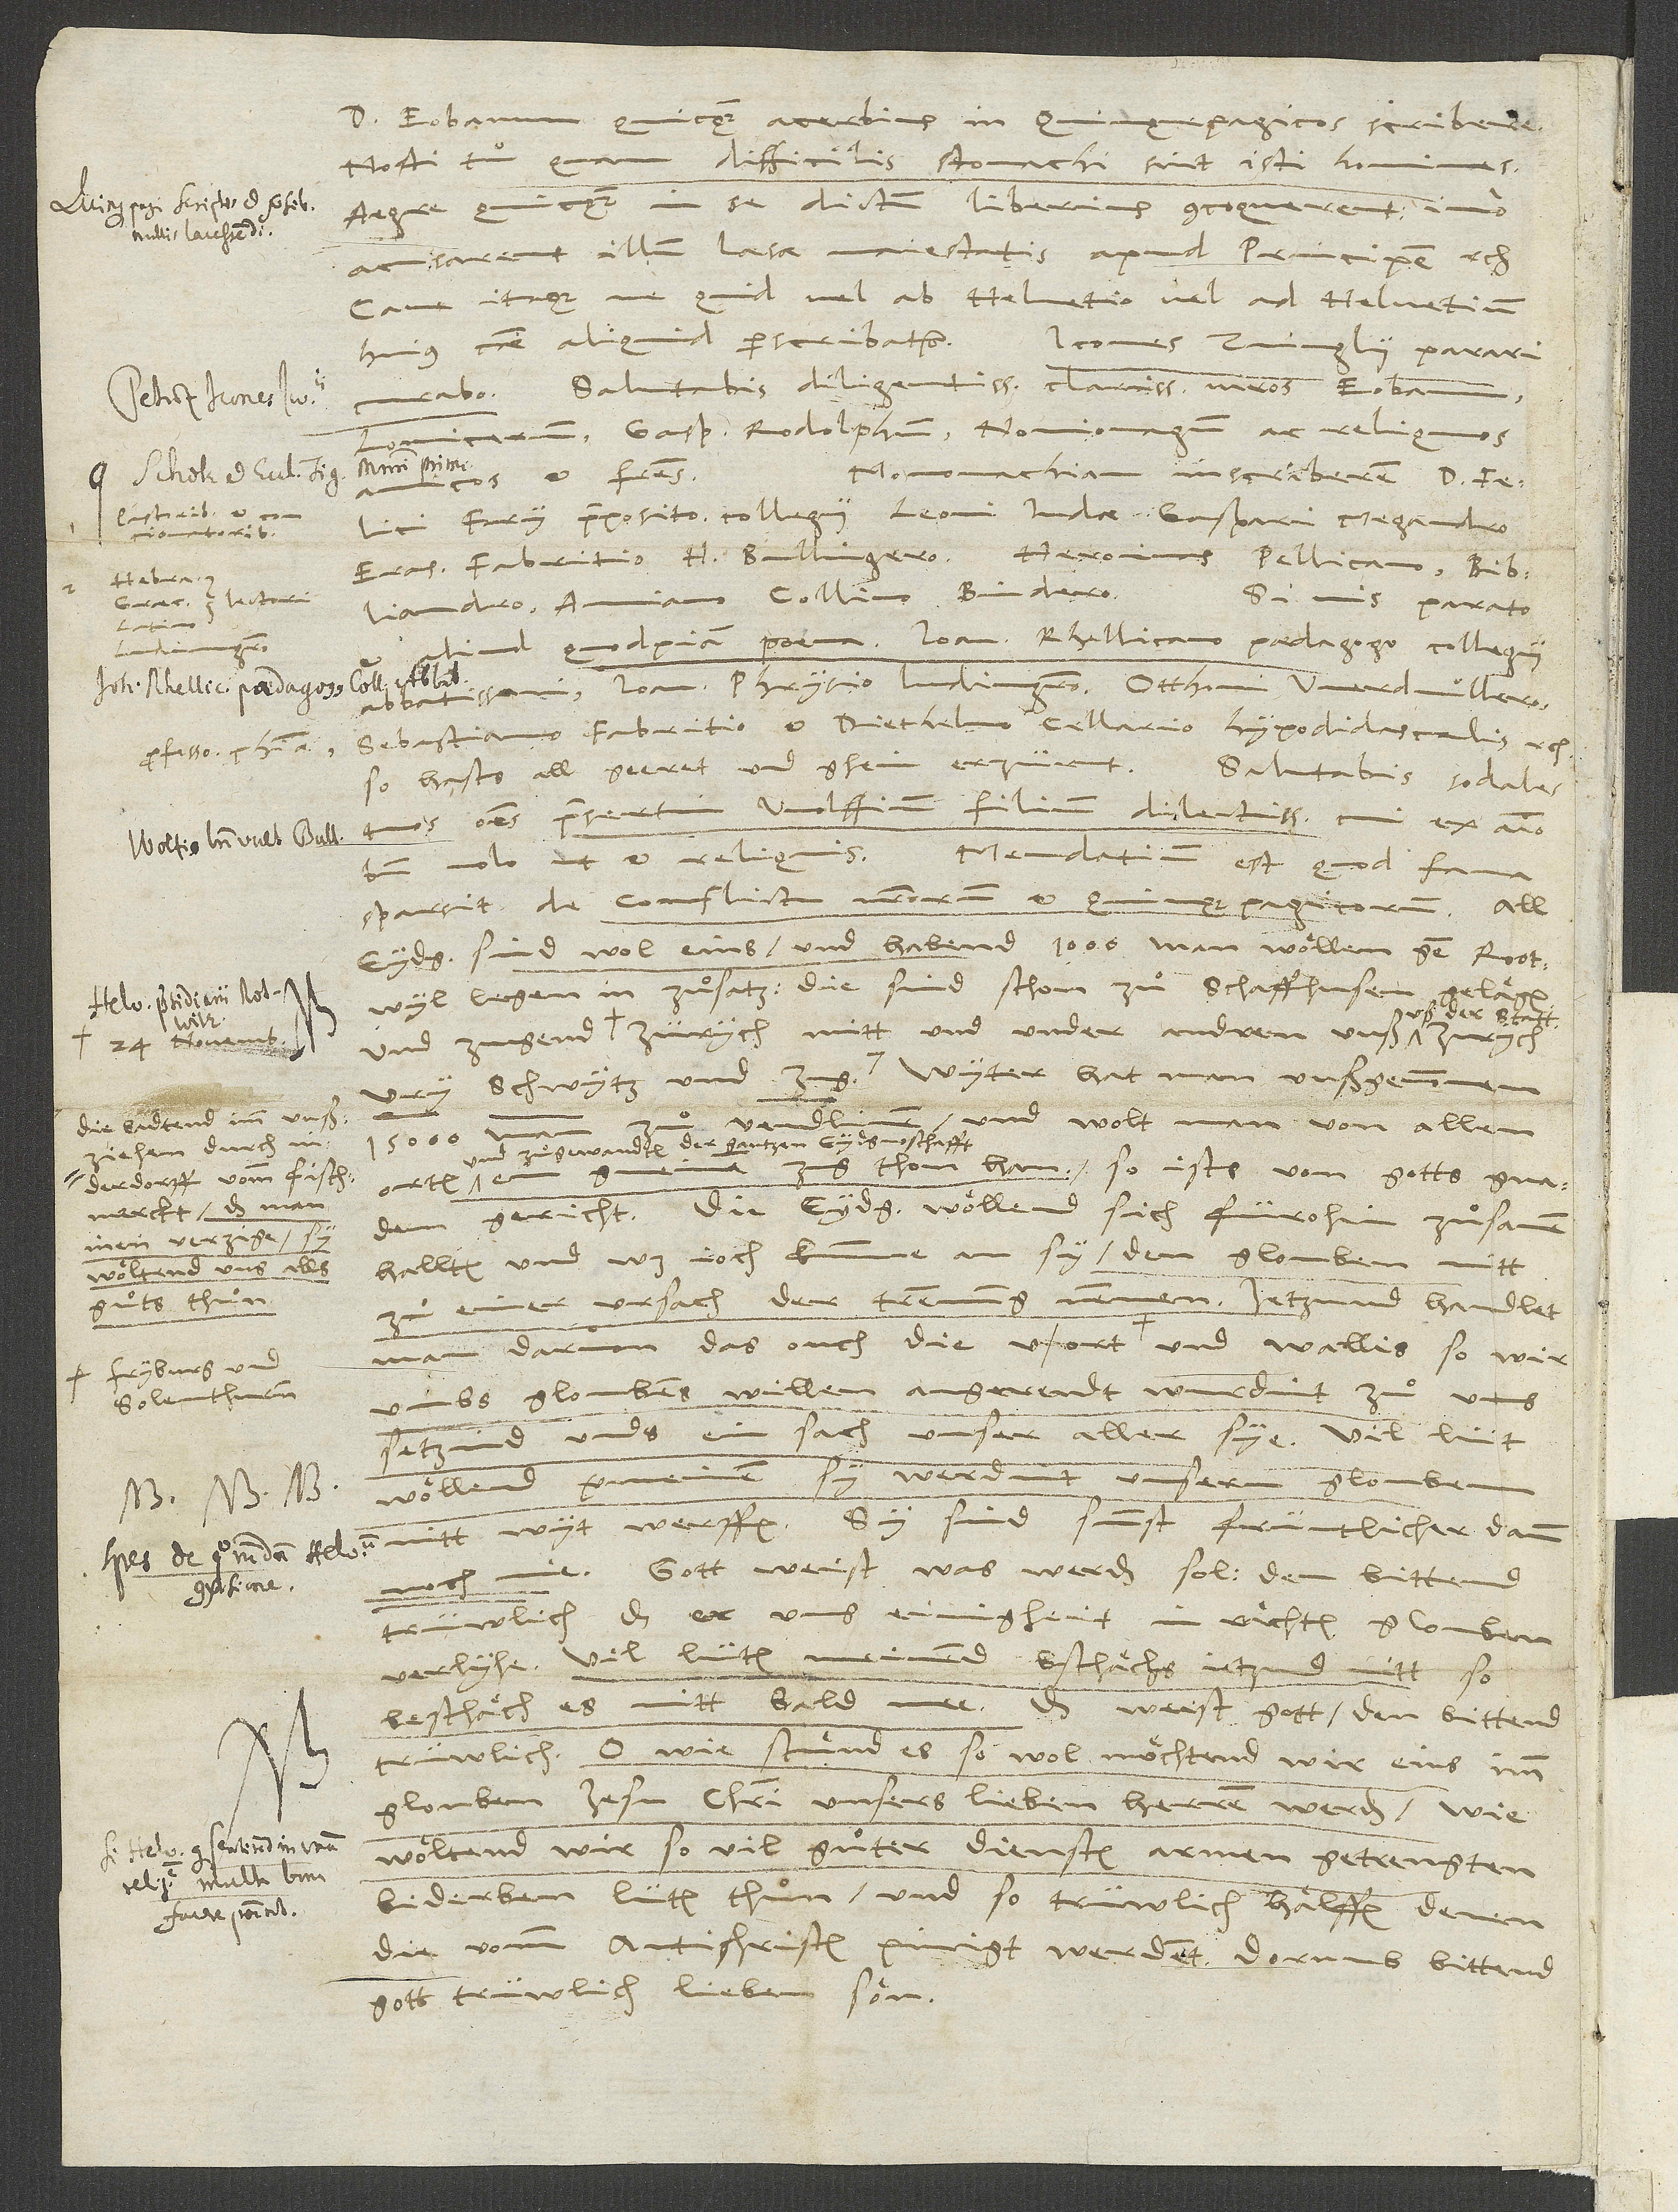
d.

pastoribus
concionatoribus,
Latino
magistri
d.
24. novembris
uußziehen durch
inen verzige,
wöltend uns alls
guͦts thuͦn.
Fryburg und
Solenthurnn

Eobanum quicquam acerbius in Quinquepagicos scribere.
Nosti tu, quam difficilis stomachi sint isti homines.
Aegre quicquam in se dictum liberius concoquerent, imo
acusarent illum laesae maiestatis apud principem etc.
Cave itaque, ne quid vel ab Helvetio vel ad Helvetium
huius causae aliquid perscribatur. Icones Zvinglii parari
Salutabis diligentissime clarissimos viros Eobanum,
Lonicerum, Gasparum Rodolphum, Noviomagum ac reliquos
Monomachiam inscriberem d. Felici
amicos et fratres.
Fry, praeposito collegii, Leoni Iudae, Gaspari Megandro,
aliud quodpiam poema Ioanni Rhellicano, paedagogo collegii
abbatissani, Ioanni Phrysio, ludimagistro, Otthoni Werdmullero,
Sebastiano Fabritio et Diethelmo Cellario, hypodidascalis etc.,
omnes, praesertim Wolffium, filium dilectissimum, cui ex animo
Mendatium est, quod fama
bene volo ut et reliquis.
sparsit de conflictu nostrorum et Quinquepagicorum. All
eydg sind wol eins und habend 1000 man wöllen gen Rootwyl
legen in zuͦsatz; die sind schon zuͦ Schaffhusen gelägen,
der statt
vendlinen, und wolt man von allen
und zuͦgewandten der gantzen eydgnoschafft
ein gmeinen zug thon han; so ists von gotts gnaden
gericht. Die eydgnossen wöllend sich fürohin zuͦsamen
hallten, und was ioch kumme an sy, den glouben nitt
zuͦ einer ursach der trennung nemmen. Jetzund handlet
umbs gloubens willen angerendt wurdint, zuͦ uns
setzind unds ein sach unser aller sye. Vil lüt
werdint unsern glouben
nitt wyt werffen. Sy sind sunst früntlicher dann
noch nie. Gott weist, was werden sol; den bittend
trüwlich, daß er uns einigheit in rächtem glouben
verlyhe. Vil lüten meinend, bschächs ietzund nitt, so
beschäch es nitt bald mee. Das weist gott; den bittend
trüwlich. O wie stünd es so wol, möchtend wir eins imm
glouben Jesu Christi, unsers lieben herren, werden; wie
wöltend wir so vil guͦter diensten armen, getrengten
biderben lüten thuͦn und so trüwlich hälffen denen,
die vomm antichristen pinigt werdent. Dorumb bittend
gott trüwlich, lieben sön.